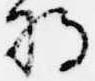
将